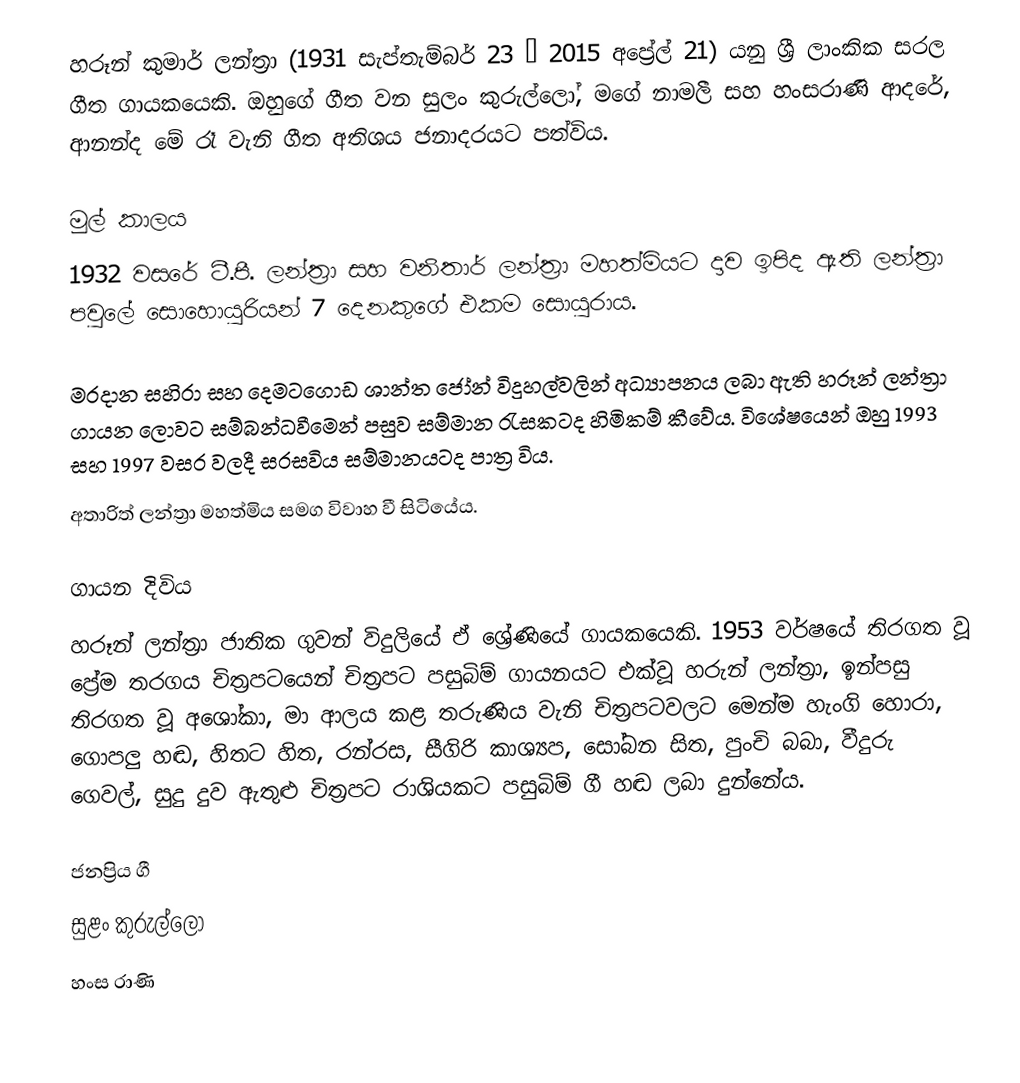
හරූන් කුමාර් ලන්ත්‍රා (1931 සැප්තැම්බර් 23 – 2015 අප්‍රේල් 21) යනු ශ්‍රී ලාංකික සරල ගීත ගායකයෙකි. ඔහුගේ ගීත වන සුලං කුරුල්ලෝ, මගේ නාමලී සහ හංසරාණි ආදරේ, ආනන්ද මේ රෑ වැනි ගීත අතිශය ජනාදරයට පත්විය.

මුල් කාලය
1932 වසරේ ටී.පී. ලන්ත්‍රා සහ වනිතාර් ලන්ත්‍රා මහත්මියට දාව ඉපිද ඇති ලන්ත්‍රා පවුලේ සොහොයුරියන් 7 දෙනකුගේ එකම සොයුරාය.

මරදාන සහිරා සහ දෙමටගොඩ ශාන්ත ජෝන් විදුහල්වලින් අධ්‍යාපනය ලබා ඇති හරූන් ලන්ත්‍රා ගායන ලොවට සම්බන්ධවීමෙන් පසුව සම්මාන රැසකටද හිමිකම් කීවේය. විශේෂයෙන් ඔහු 1993 සහ 1997 වසර වලදී සරසවිය සම්මානයටද පාත්‍ර විය.
අතාරිත් ලන්ත්‍රා මහත්මිය සමග විවාහ වී සිටියේය.

ගායන දිවිය
හරූන් ලන්ත්‍රා ජාතික ගුවන් විදුලියේ ඒ ශ්‍රේණියේ ගායකයෙකි. 1953 වර්ෂයේ තිරගත වූ ප්‍රේම තරගය චිත්‍රපටයෙන් චිත්‍රපට පසුබිම් ගායනයට එක්‌වූ හරුන් ලන්ත්‍රා, ඉන්පසු තිරගත වූ අශෝකා, මා ආලය කළ තරුණිය වැනි චිත්‍රපටවලට මෙන්ම හැංගි හොරා, ගොපලු හඬ, හිතට හිත, රන්රස, සීගිරි කාශ්‍යප, සෝබන සිත, පුංචි බබා, වීදුරු ගෙවල්, සුදු දුව ඇතුළු චිත්‍රපට රාශියකට පසුබිම් ගී හඬ ලබා දුන්නේය.

ජනප්‍රිය ගී
 සුළං කුරුල්ලෝ
 හංස රාණි